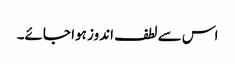
اس سے لطف اندوز ہوا جائے۔